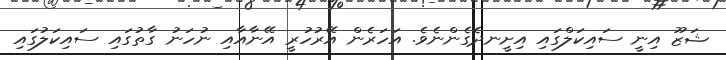
ޝަޒޫ އިނީ ސައިކަލްގައި އިށީނދެގެންނެވެ. އަހަރެން އޭރުހުރީ އޭނާއާއި ނުހަނު ގާތުގައި ސައިކަލުގައި